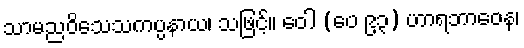
သာမညဝိသေသကပ္ပနာယ၊ သဖြင့်။ ဝေါ (ပေ ၉၃) ဟာရဘာဝေန၊